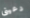
دعينى